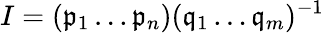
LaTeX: I=({\mathfrak{p}}_{1}\ldots{\mathfrak{p}}_{n})({\mathfrak{q}}_{1}\ldots{\mathfrak{q}}_{m})^{-1}